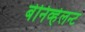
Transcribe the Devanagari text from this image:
बेनिव्हेलन्ट